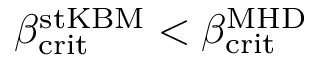
\beta _ { \mathrm { c r i t } } ^ { \mathrm { s t K B M } } < \beta _ { \mathrm { c r i t } } ^ { \mathrm { M H D } }